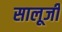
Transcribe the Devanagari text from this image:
सालूजी